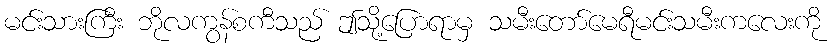
မင်းသားကြီး ဘိုလကွန်စကီသည် ဤသို့ပြောရာမှ သမီးတော်မေရီမင်းသမီးကလေးကို